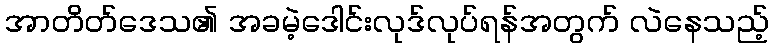
အာတိတ်ဒေသ၏ အခမဲ့ဒေါင်းလုဒ်လုပ်ရန်အတွက် လဲနေသည့်